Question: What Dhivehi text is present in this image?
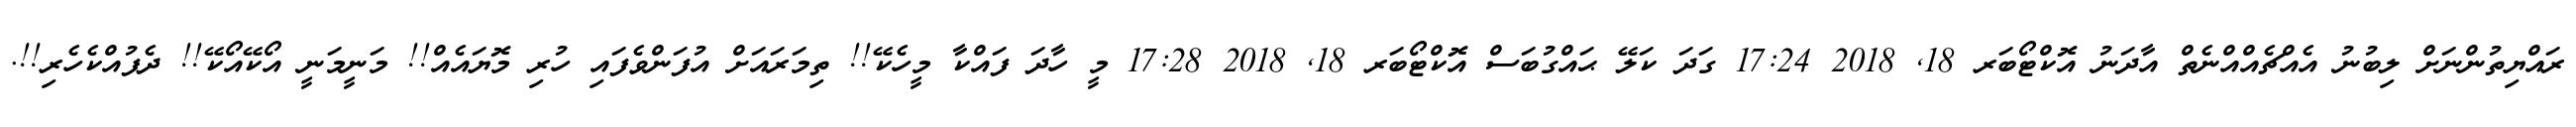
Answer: ރައްޔިތުންނަށް ލިބުނު އެއްޗެއްއްނެތް އާދަނު އޮކްޓޯބަރ 18, 2018 17:24 ގަދަ ކަލޭ ޙައްގުބަސް އޮކްޓޯބަރ 18, 2018 17:28 މީ ހާދަ ފައްކާ މީހެކޭ!! ތިމަރައަށް އުފަންވެފައި ހުރި މޮޔައެއް!! މަނީމަނީ އޯކޭއޯކޭ!! ދެފުއްކެހެރި!!.